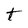
Character: t